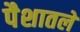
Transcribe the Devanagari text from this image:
पैशातले